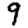
Digit: 9